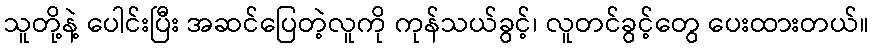
သူတို့နဲ့ ပေါင်းပြီး အဆင်ပြေတဲ့လူကို ကုန်သယ်ခွင့်၊ လူတင်ခွင့်တွေ ပေးထားတယ်။